[Report on the health of British troops in the Madras command]
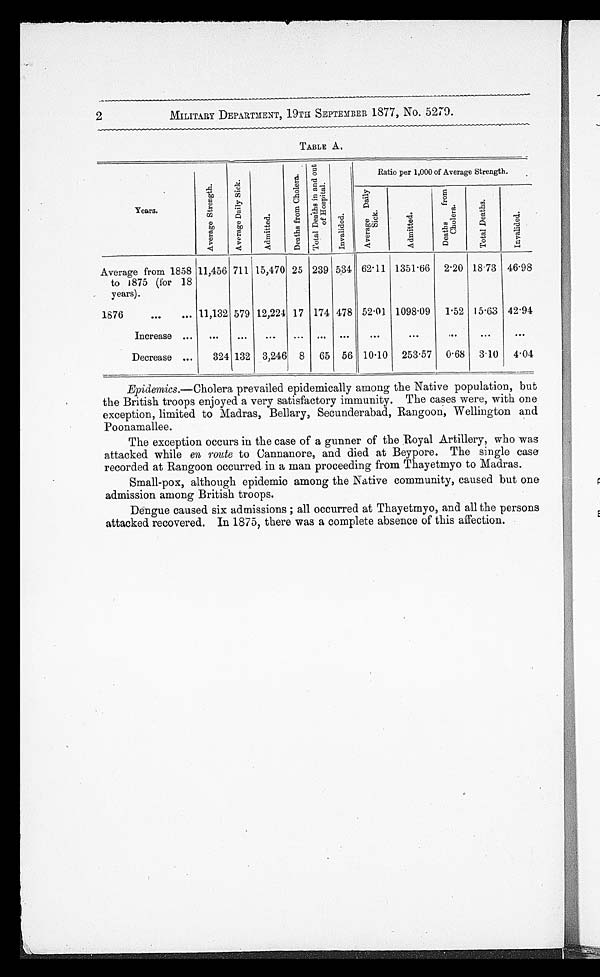
MILITARY DEPARTMENT, 19TH SEPTEMBER 1877, No. 5279.
TABLE A.
Years.
A v e r a g e S t r e n g t h .
A v e r a g e D a i l y S i c k .
A d m i t t e d
D e a t h s f r o m C h o l e r a . T o t a l D e a t h s i n a n d o u t o f H o s p i t a l .
I n v a l i d e d .
Ratio per 1,000 of Average Strength.
A v e r a g e D a i l y S i c k .
A d m i t t e d .
D e a t h s f r o m C h o l e r a .
T o t a l D e a t h s .
I n v a l i d e d .
Average from 1858
to 1875 (for 18
years).
11,456 711 15,470 25 239 534 62.11 1351.66
2.20 18.73
46.98
1876 . . .
11,132 579 12,224 17
174 478 52.01
1098.09
1.52
15.63
42.94
Increase . . .
. . .
. . .
. . . . . .
. . .
. . .
. . .
. . .
. . .
. . .
. . .
Decrease . . .
324 132
3,246
8
65
56
10.10
253.57
0.68
3.10
4.04
Epidemics. —Cholera prevailed epidemically among the Native population, but
the British troops enjoyed a very satisfactory immunity. The cases were, with one
exception, limited to Madras, Bellary, Secunderabad, Rangoon, Wellington and
Poonamallee.
The exception occurs in the case of a gunner of the Royal Artillery, who was
attacked while en route to Cannanore, and died at Beypore. The single case
recorded at Rangoon occurred in a man proceeding from Thayetmyo to Madras.
Small-pox, although epidemic among the Native community, caused but one
admission among British troops.
Dengue caused six admissions; all occurred at Thayetmyo, and all the persons
attacked recovered. In 1875, there was a complete absence of this affection.
2